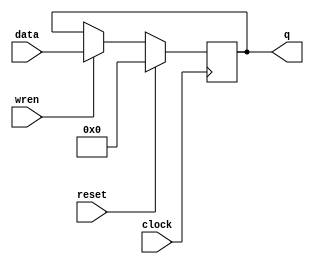
module reg32(clock, reset, wren, data, q);

	input clock, reset, wren;
	input  [31:0] data;
	output reg [31:0] q;
	
	
	always @(posedge clock)
	if (reset==1'b1)
		q = 32'b0;
	else if(wren == 1'b1)
		q = data;

endmodule